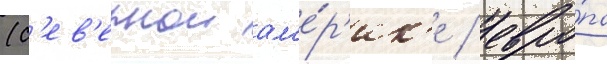
(с'ев'ернои ам'е́р'ик'е / евро́па